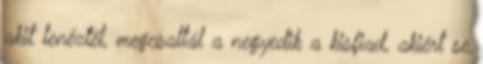
akit lenéztél, megcsaltál a negyedik a kisfiad, akiért se